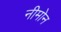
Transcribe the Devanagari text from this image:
नीमोन